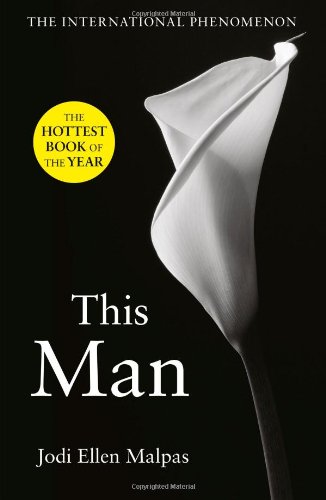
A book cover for This Man; Jodi Ellen Malpas; Romance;